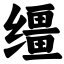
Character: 缰